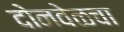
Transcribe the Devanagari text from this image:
दोनवेळचा